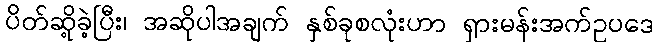
ပိတ်ဆို့ခဲ့ပြီး၊ အဆိုပါအချက် နှစ်ခုစလုံးဟာ ရှားမန်းအက်ဥပဒေ